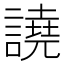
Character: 譊